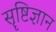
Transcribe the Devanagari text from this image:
सॄष्टिज्ञान